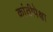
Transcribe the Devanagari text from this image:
क्रांतीपेक्षा